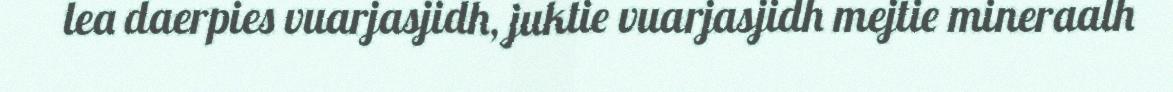
lea daerpies vuarjasjidh, juktie vuarjasjidh mejtie mineraalh